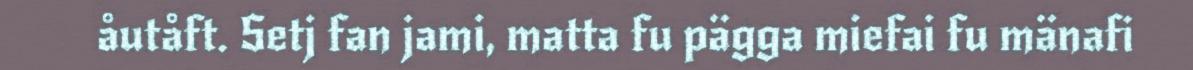
åutåft. Setj fan jami, matta fu pägga miefai fu mänafi